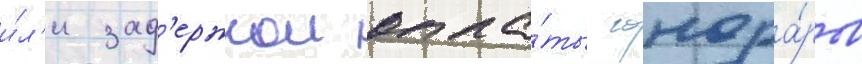
и́л'и зад'ержкои опла́ты гонора́ров